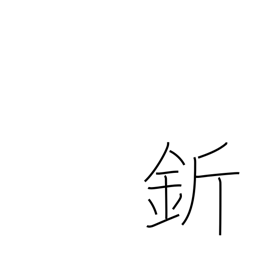
Meaning: adze